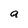
Character: a